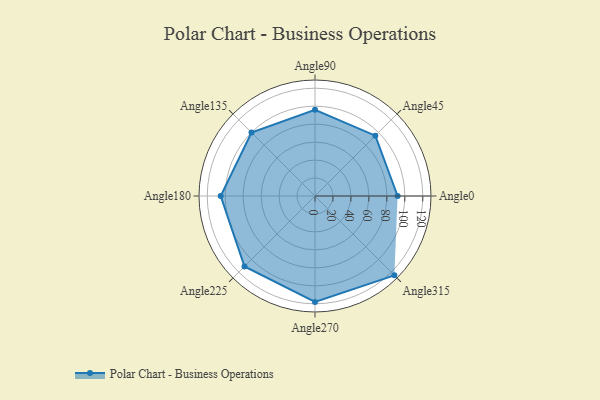
{"axis": {"x": "Angle", "y": "Radius"}, "legend": [""], "data": [{"x": "Angle0", "y": 92.0, "type": ""}, {"x": "Angle45", "y": 95.0, "type": ""}, {"x": "Angle90", "y": 96.0, "type": ""}, {"x": "Angle135", "y": 100.0, "type": ""}, {"x": "Angle180", "y": 105.0, "type": ""}, {"x": "Angle225", "y": 111.0, "type": ""}, {"x": "Angle270", "y": 118.0, "type": ""}, {"x": "Angle315", "y": 125.0, "type": ""}]}